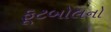
ફૂટબોલનો